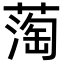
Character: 𬞇